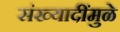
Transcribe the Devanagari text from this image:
संख्यादींमुळे